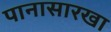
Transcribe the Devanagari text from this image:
पानासारखा